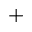
^ { + }